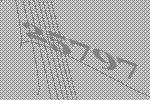
25797